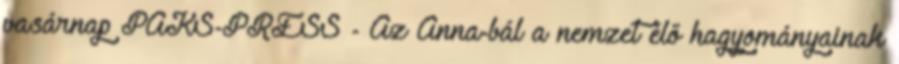
vasárnap PAKS-PRESS - Az Anna-bál a nemzet élő hagyományainak